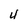
Character: 4